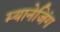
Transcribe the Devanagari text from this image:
म्यानेजिंग